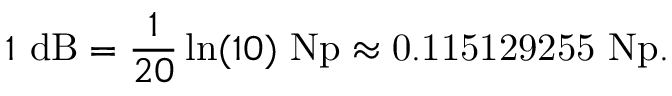
1 \ \mathrm { d B } = { \frac { 1 } { 2 0 } } \ln ( 1 0 ) \ \mathrm { N p } \approx { \mathrm { 0 . 1 1 5 1 2 9 2 5 5 ~ N p } } .